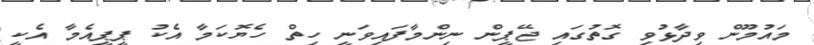
މައުމޫން ވިދާޅުވި ގޮތުގައި ޖޭޕީން ނިންމާފައިވަނީ ހިތް ހެޔޮކަމާ އެކު ޕީޕީއެމާ އެކީ